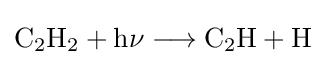
{\mathrm {C} {\vphantom {A}}_{\smash[{t}]{2}}\mathrm {H} {\vphantom {A}}_{\smash[{t}]{2}}{}+{}\mathrm {h\nu } {}\mathrel {\longrightarrow } {}\mathrm {C} {\vphantom {A}}_{\smash[{t}]{2}}\mathrm {H} {}+{}\mathrm {H} }